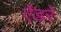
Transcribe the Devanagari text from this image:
ऐंडरे